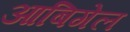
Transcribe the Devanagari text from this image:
आबिगेल